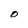
Character: O